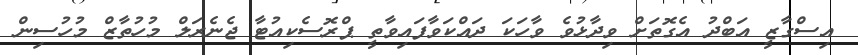
އިސްގާޒީ އަބްދު އެގޮތަށް ވިދާޅުވެ ވާހަކަ ދައްކަވާފައިވާތީ ޕްރޮސެކިއުޓާ ޖެނެރަލް މުހުތާޒް މުހުސިން